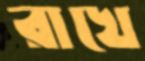
রাখে